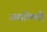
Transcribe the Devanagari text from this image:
असम्मिती